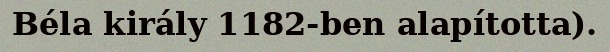
Béla király 1182-ben alapította).